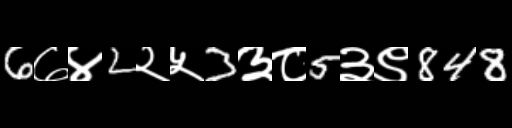
Text: 6७४2२५3३८5३९848